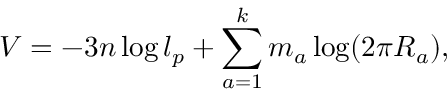
V = - 3 n \log l _ { p } + \sum _ { a = 1 } ^ { k } m _ { a } \log ( 2 \pi R _ { a } ) ,